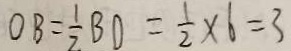
O B = \frac { 1 } { 2 } B D = \frac { 1 } { 2 } \times 6 = 3